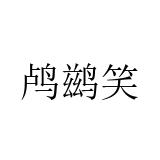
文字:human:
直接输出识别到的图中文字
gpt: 鸬鹚笑